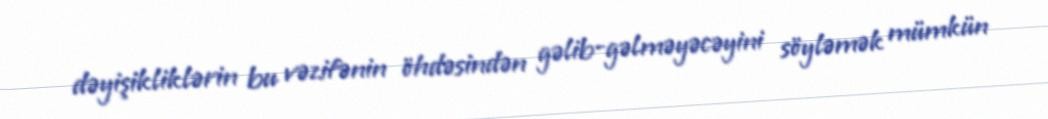
dəyişikliklərin bu vəzifənin öhdəsindən gəlib-gəlməyəcəyini söyləmək mümkün